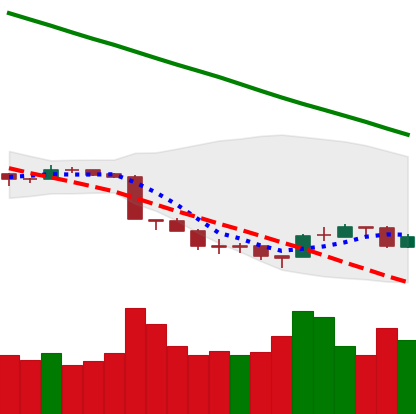
Ticker: ETH-USD
Chart end date: 2018-09-18
Forward return: 16.361%
Label: up_7plus